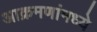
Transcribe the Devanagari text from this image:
आक्रमणांमध्ये